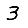
Digit: 3